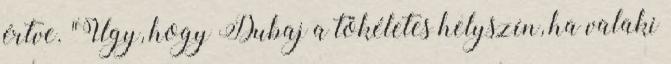
értve. "Úgy, hogy Dubaj a tökéletes helyszín, ha valaki